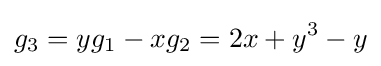
g_{3}=yg_{1}-xg_{2}=2x+y^{3}-y